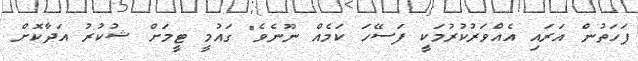
ފަހަތުން އަރައި އެއްވަރުކުރުމަކީ ފަސޭހަ ކަމެއް ނޫނެވެ" ގައުމީ ޓީމަށް ޝުކުރު އަދާކޮށް